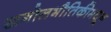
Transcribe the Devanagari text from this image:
खगोलभौतिकीमधून